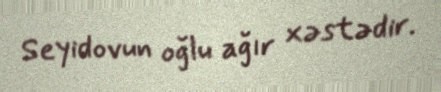
Seyidovun oğlu ağır xəstədir.